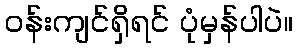
ဝန်းကျင်ရှိရင် ပုံမှန်ပါပဲ။